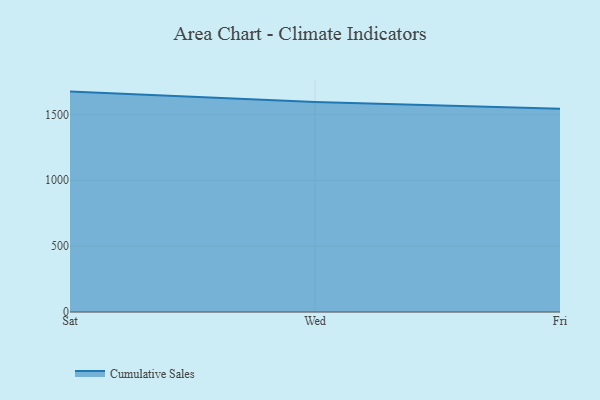
{"axis": {"x": "Day", "y": "Temperature (°C)"}, "legend": ["Cumulative Sales"], "data": [{"x": "Sat", "y": 1673.2, "type": "Cumulative Sales"}, {"x": "Wed", "y": 1593.3, "type": "Cumulative Sales"}, {"x": "Fri", "y": 1543.5, "type": "Cumulative Sales"}]}